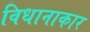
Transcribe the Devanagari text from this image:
विधानाकार